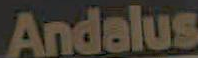
Andalus